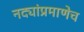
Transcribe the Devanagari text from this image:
नद्यांप्रमाणेच